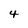
Character: 4